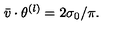
\bar { v } \cdot \theta ^ { ( l ) } = 2 \sigma _ { 0 } / \pi .